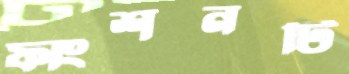
ফাংশনটি